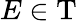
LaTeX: E\in\mathrm{T}